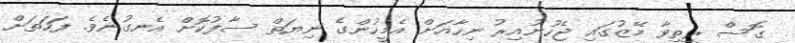
ގޮސް ރީތިވާ މޭޒުގައި ޖެހުނުއިރު ނިހާއަށް އެމީހުންގެ ނިޔަތް ސާފުކޮށް އެނގުނެވެ. ފަހަތަށް